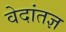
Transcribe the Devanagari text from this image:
वेदांतज्ञ